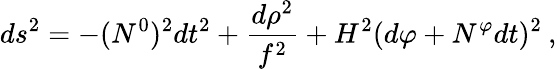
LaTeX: ds^{2}=-(N^{0})^{2}dt^{2}+\frac{d\rho^{2}}{f^{2}}+H^{2}(d\varphi+N^{\varphi}dt)^{2}\: ,